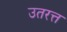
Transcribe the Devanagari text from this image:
उतरत्त